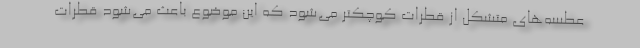
عطسه‌های متشکل از قطرات کوچکتر می‌شود که این موضوع باعث می‌شود قطرات